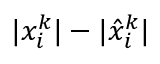
\lvert x _ { i } ^ { k } \rvert - \lvert \hat { x } _ { i } ^ { k } \rvert